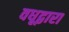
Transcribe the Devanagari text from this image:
वधूद्वारा